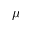
\mu